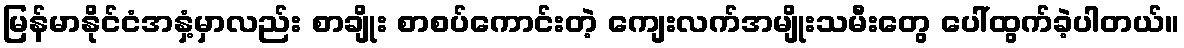
မြန်မာနိုင်ငံအနှံ့မှာလည်း စာချိုး စာစပ်ကောင်းတဲ့ ကျေးလက်အမျိုးသမီးတွေ ပေါ်ထွက်ခဲ့ပါတယ်။